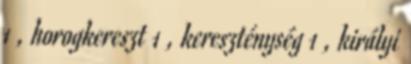
1 , horogkereszt 1 , kereszténység 1 , királyi